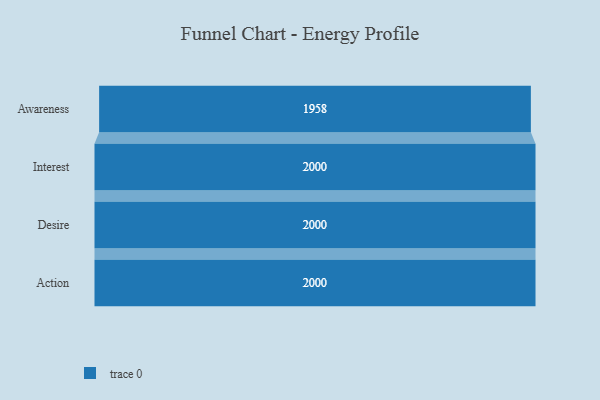
{"axis": {"x": "Stage", "y": "Value"}, "legend": [""], "data": [{"x": "Awareness", "y": 1958.0, "type": ""}, {"x": "Interest", "y": 2000, "type": ""}, {"x": "Desire", "y": 2000, "type": ""}, {"x": "Action", "y": 2000, "type": ""}]}